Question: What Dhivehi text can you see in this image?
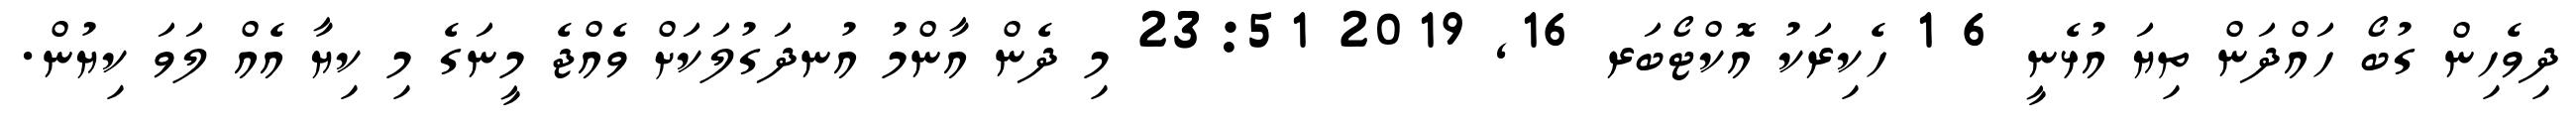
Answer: ދިވެހިން ގުބޯ ހައްދަން ތިޔަ އުޅެނީ 6 1 ހެކިރަކު އޮކްޓޯބަރ 16, 2019 23:51 މި ދެން އާންމު އުނދަގުލަކަށް ވެއްޖެ މީނަގެ މި ކިޔާ އެއް ލަވަ ކިޔުން.